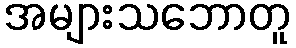
အများသဘောတူ